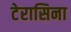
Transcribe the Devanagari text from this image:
टेरासिना